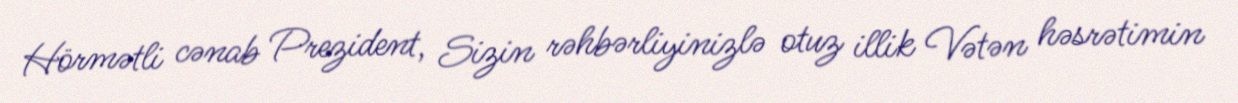
Hörmətli cənab Prezident, Sizin rəhbərliyinizlə otuz illik Vətən həsrətimin